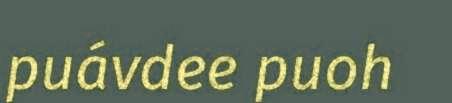
puávdee puoh